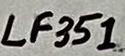
Text: Receiver